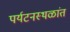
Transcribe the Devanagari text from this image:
पर्यटनस्थळांत